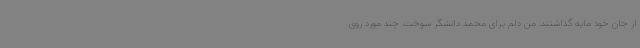
از جان خود مایه گذاشتند. من دلم برای محمد دانشگر سوخت. چند مورد روی